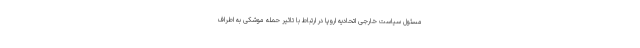
مسئول سیاست خارجی اتحادیه اروپا در ارتباط با تاثیر حمله موشکی به اطراف